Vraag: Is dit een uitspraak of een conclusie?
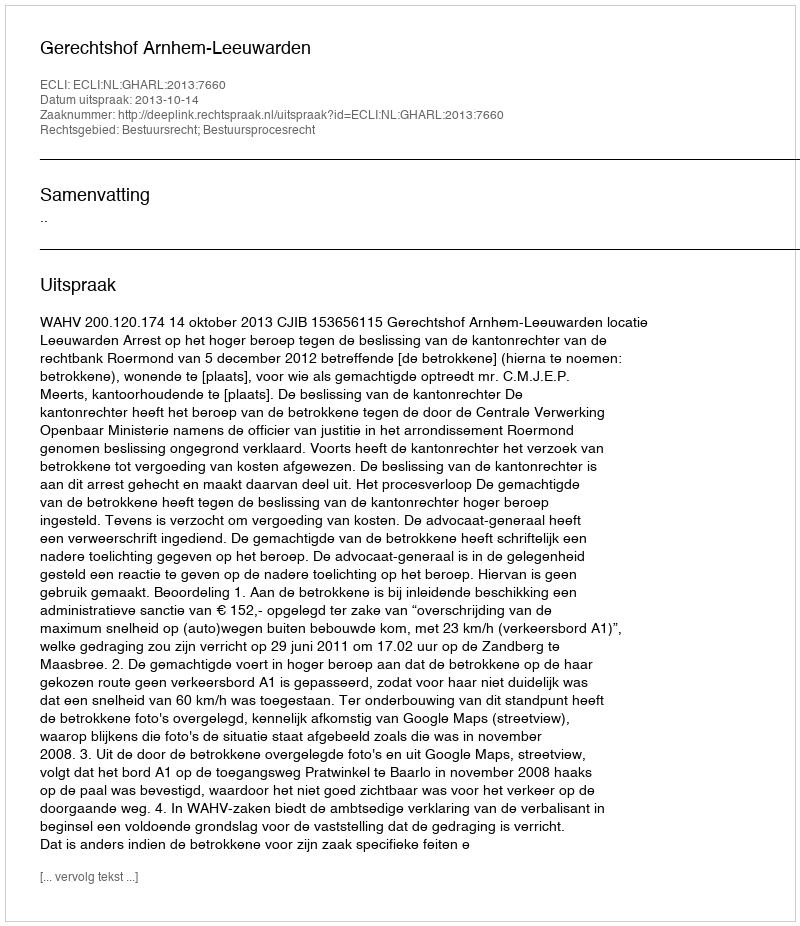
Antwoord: Uitspraak